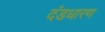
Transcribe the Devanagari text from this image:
दंडधारण